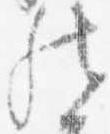
然